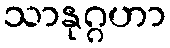
သာနုဂ္ဂဟာ